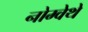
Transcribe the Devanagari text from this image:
नोम्वेथे